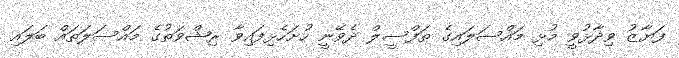
ފަޔާޒު ވިދާޅުވީ މުޅި މައްސަލައިގެ ތަފްސީލް ދެވޭނީ ހުށަހެޅިފައިވާ ރިޝްވަތުގެ މައްސަލަތައް ބަލައި